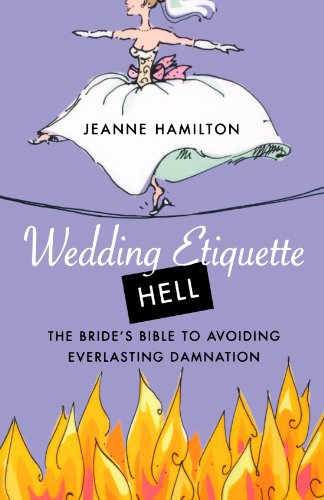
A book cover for Wedding Etiquette Hell: The Bride's Bible to Avoiding Everlasting Damnation; Jeanne Hamilton; Crafts, Hobbies & Home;